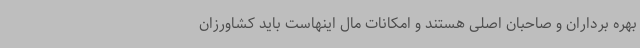
بهره برداران و صاحبان اصلی هستند و امکانات مال اینهاست باید کشاورزان